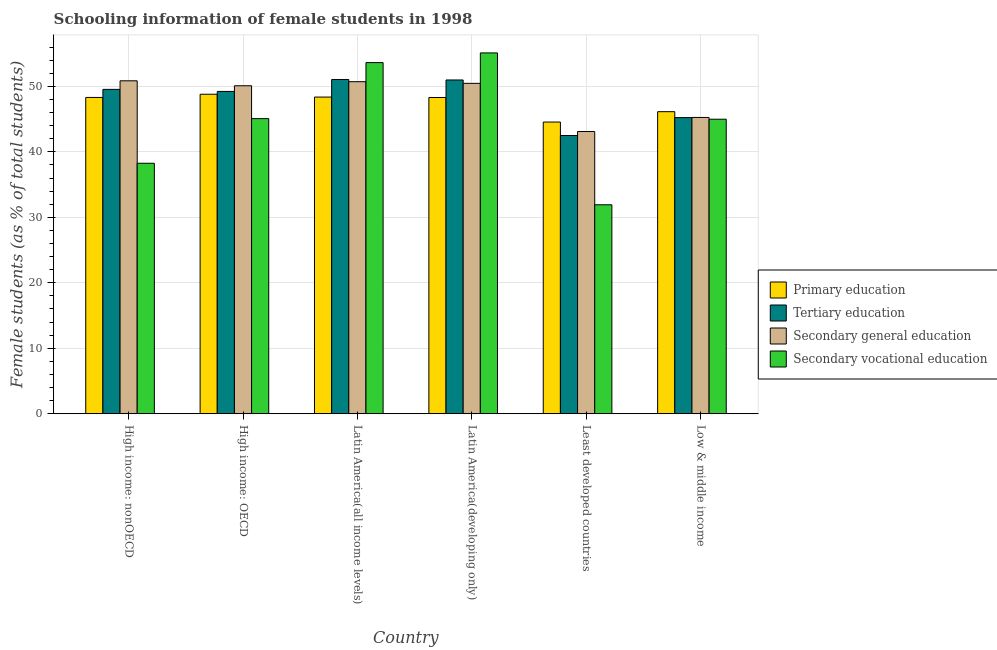
| Country | Primary education | Tertiary education | Secondary general education | Secondary vocational education |
 | --- | --- | --- | --- | --- |
 | High income: nonOECD | 48.3 | 49.5 | 50.9 | 38.3 |
 | High income: OECD | 48.8 | 49.2 | 50.1 | 45.1 |
 | Latin America(all income levels) | 48.4 | 51.1 | 50.7 | 53.6 |
 | Latin America(developing only) | 48.3 | 51 | 50.5 | 55.1 |
 | Least developed countries | 44.6 | 42.5 | 43.1 | 31.9 |
 | Low & middle income | 46.1 | 45.2 | 45.3 | 45 |